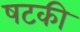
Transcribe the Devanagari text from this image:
षटकी